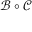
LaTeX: { \mathcal { B } } \circ { \mathcal { C } }